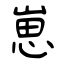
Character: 崽